Civil Veterinary Dept. Assam report 1911-1927 - 1911-1927
Year: 1911
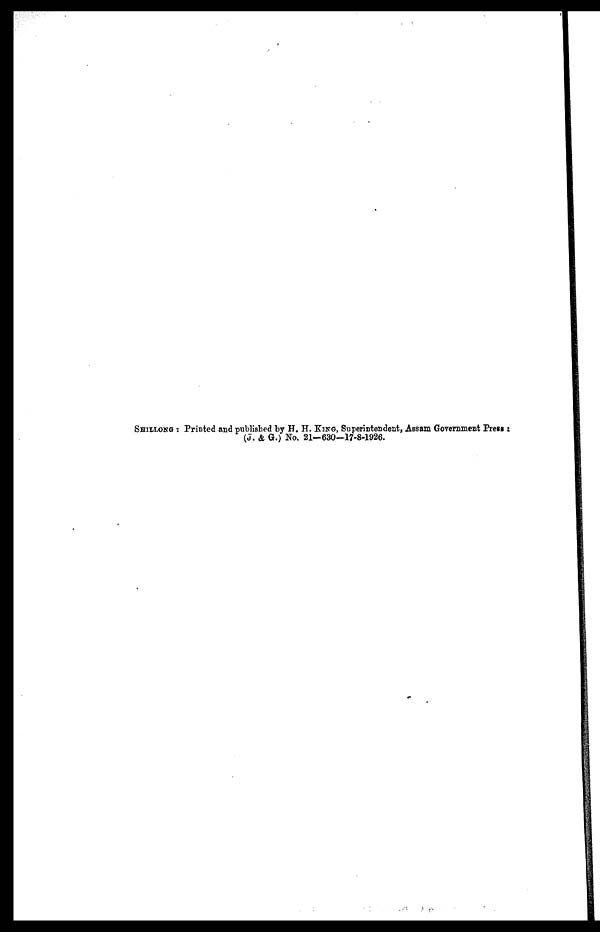
SHILLONG : Printed and published by H. H. KING, Superintendent, Assam Government Press :
(J. & G.) No. 21—630—17-8-1926.